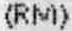
(RM)